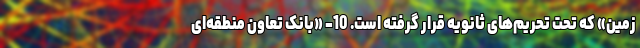
زمین» که تحت تحریم‌های ثانویه قرار گرفته است. 10- «بانک تعاون منطقه‌ای